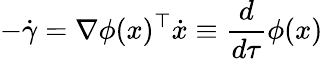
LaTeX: -\dot{\gamma}=\nabla\phi(x)^{\top}\dot{x}\equiv\frac d{d\tau}\phi(x)